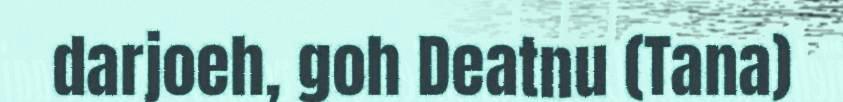
darjoeh, goh Deatnu (Tana)